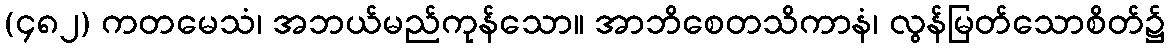
(၄၈၂) ကတမေသံ၊ အဘယ်မည်ကုန်သော။ အာဘိစေတသိကာနံ၊ လွန်မြတ်သောစိတ်၌